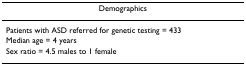
| Demographics |
 | --- |
 | Patients with ASD referred for genetic testing = 433 |
 | Median age = 4 years |
 | Sex ratio = 4.5 males to 1 female |